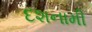
દશનામી